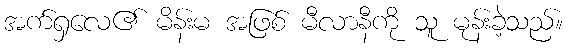
အက်ရှလေ၏ မိန်းမ အဖြစ် မီလာနီကို သူ မုန်းခဲ့သည်။